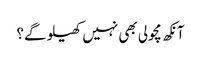
آنکھ مچولی بھی نہیں کھیلو گے؟